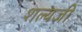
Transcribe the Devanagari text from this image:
शल्यजी